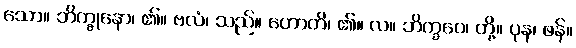
သော။ ဘိက္ခုနော၊ ၏။ ဗလံ၊ သည်။ ဟောတိ၊ ၏။ လ။ ဘိက္ခဝေ၊ တို့။ ပုန၊ ဖန်။